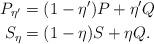
LaTeX: \begin{align*}P_{\eta'} &= (1-\eta') P + \eta' Q\\S_\eta& = (1-\eta) S + \eta Q. \end{align*}